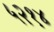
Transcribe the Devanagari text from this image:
५२१४